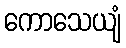
ကောသေယျံ